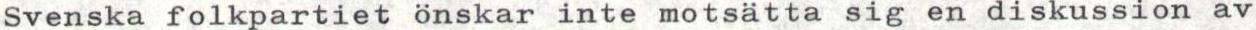
Svenska folkpartiet önskar inte motsätta sig en diskussion av